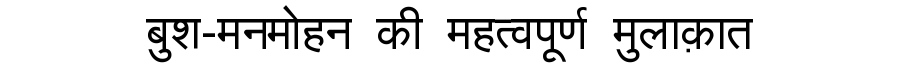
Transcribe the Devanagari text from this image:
बुश-मनमोहन की महत्वपूर्ण मुलाक़ात